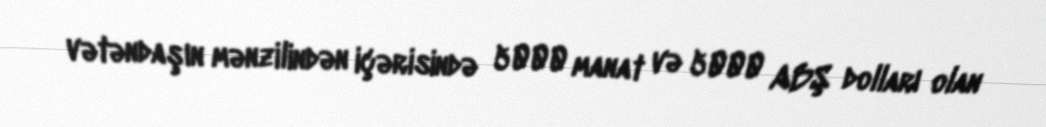
vətəndaşın mənzilindən içərisində 5000 manat və 5000 ABŞ dolları olan